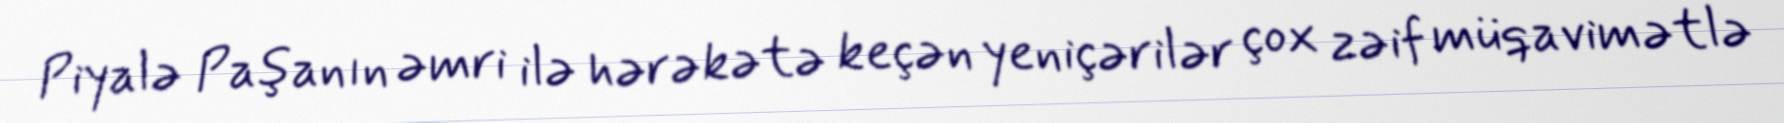
Piyalə Paşanın əmri ilə hərəkətə keçən yeniçərilər çox zəif müqavimətlə